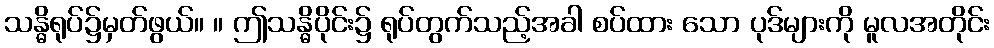
သန္ဓိရုပ်၌မှတ်ဖွယ်။ ။ ဤသန္ဓိပိုင်း၌ ရုပ်တွက်သည့်အခါ စပ်ထား သော ပုဒ်များကို မူလအတိုင်း